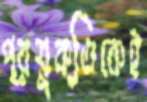
প্রযুক্তিকেই